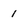
Character: 1